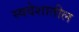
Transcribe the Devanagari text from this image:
स्वदेशातील